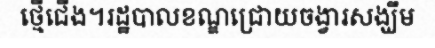
ថ្មើជើង។រដ្ឋបាលខណ្ឌជ្រោយចង្វារសង្ឃឹម